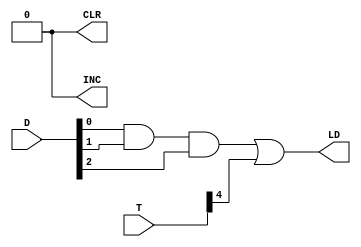
`timescale 1ns / 1ps
//////////////////////////////////////////////////////////////////////////////////
// Company: 
// Engineer: 
// 
// Design Name: 
// Module Name: DR_ARCH
// Project Name: 
// Target Devices: 
// Tool Versions: 
// Description: 
// 
// Dependencies: 
// 
// Revision:
// Revision 0.01 - File Created
// Additional Comments:
// 
//////////////////////////////////////////////////////////////////////////////////


module DR_ARCH(LD, CLR, INC, T, D);
input [7:0] T;
input [7:0] D;
output LD, CLR, INC;
wire d;
assign d = D[0] & D[1] & D[2];
assign LD = d | T[4];
assign CLR =0;
assign INC =0;
endmodule